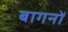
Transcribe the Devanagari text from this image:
बागनों